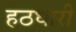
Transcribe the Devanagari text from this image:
हठधारी